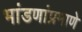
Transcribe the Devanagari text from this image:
भांडणांप्रमाणे